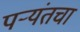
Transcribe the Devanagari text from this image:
पर्‍यंतचा